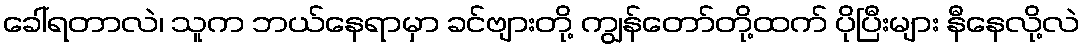
ခေါ်ရတာလဲ၊ သူက ဘယ်နေရာမှာ ခင်ဗျားတို့ ကျွန်တော်တို့ထက် ပိုပြီးများ နီနေလို့လဲ